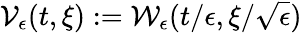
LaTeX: \mathcal{V}_{\epsilon}(t,\xi):=\mathcal{W}_{\epsilon}(t/\epsilon,\xi/\sqrt{\epsilon})